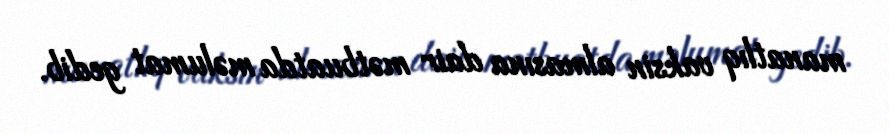
manatlıq vaksin almasına dair mətbuatda məlumat gedib.